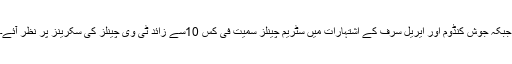
جبکہ جوش کنڈوم اور ایریل سرف کے اشتہارات میں سٹریم چینلز سمیت فی کس 10سے زائد ٹی وی چینلز کی سکرینز پر نظر آئے۔